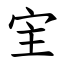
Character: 宔